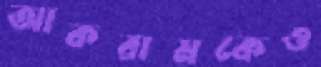
আকরামকেও